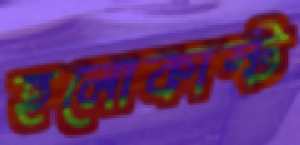
হলোকাস্ট